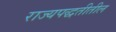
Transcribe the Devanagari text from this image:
राज्यपद्धतीतील